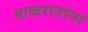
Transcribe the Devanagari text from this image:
माळरानांना